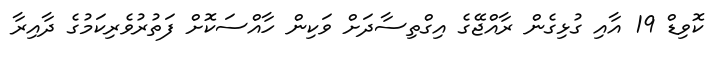
ކޮވިޑް 19 އާއި ގުޅިގެން ރާއްޖޭގެ އިގްތިސާދަށް ވަކިން ހާއްސަކޮށް ފަތުރުވެރިކަމުގެ ދާއިރާ